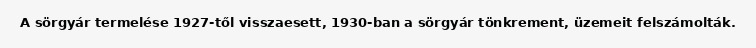
A sörgyár termelése 1927-től visszaesett, 1930-ban a sörgyár tönkrement, üzemeit felszámolták.